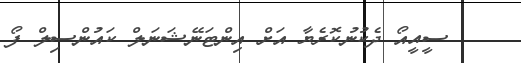
ސީއީއޯ ދެކުނުކޮރެޔާ އަށް އިންޓަނޭޝަނަލް ކައުންސިލް ފޯ